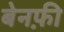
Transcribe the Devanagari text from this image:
बेनफ़ी